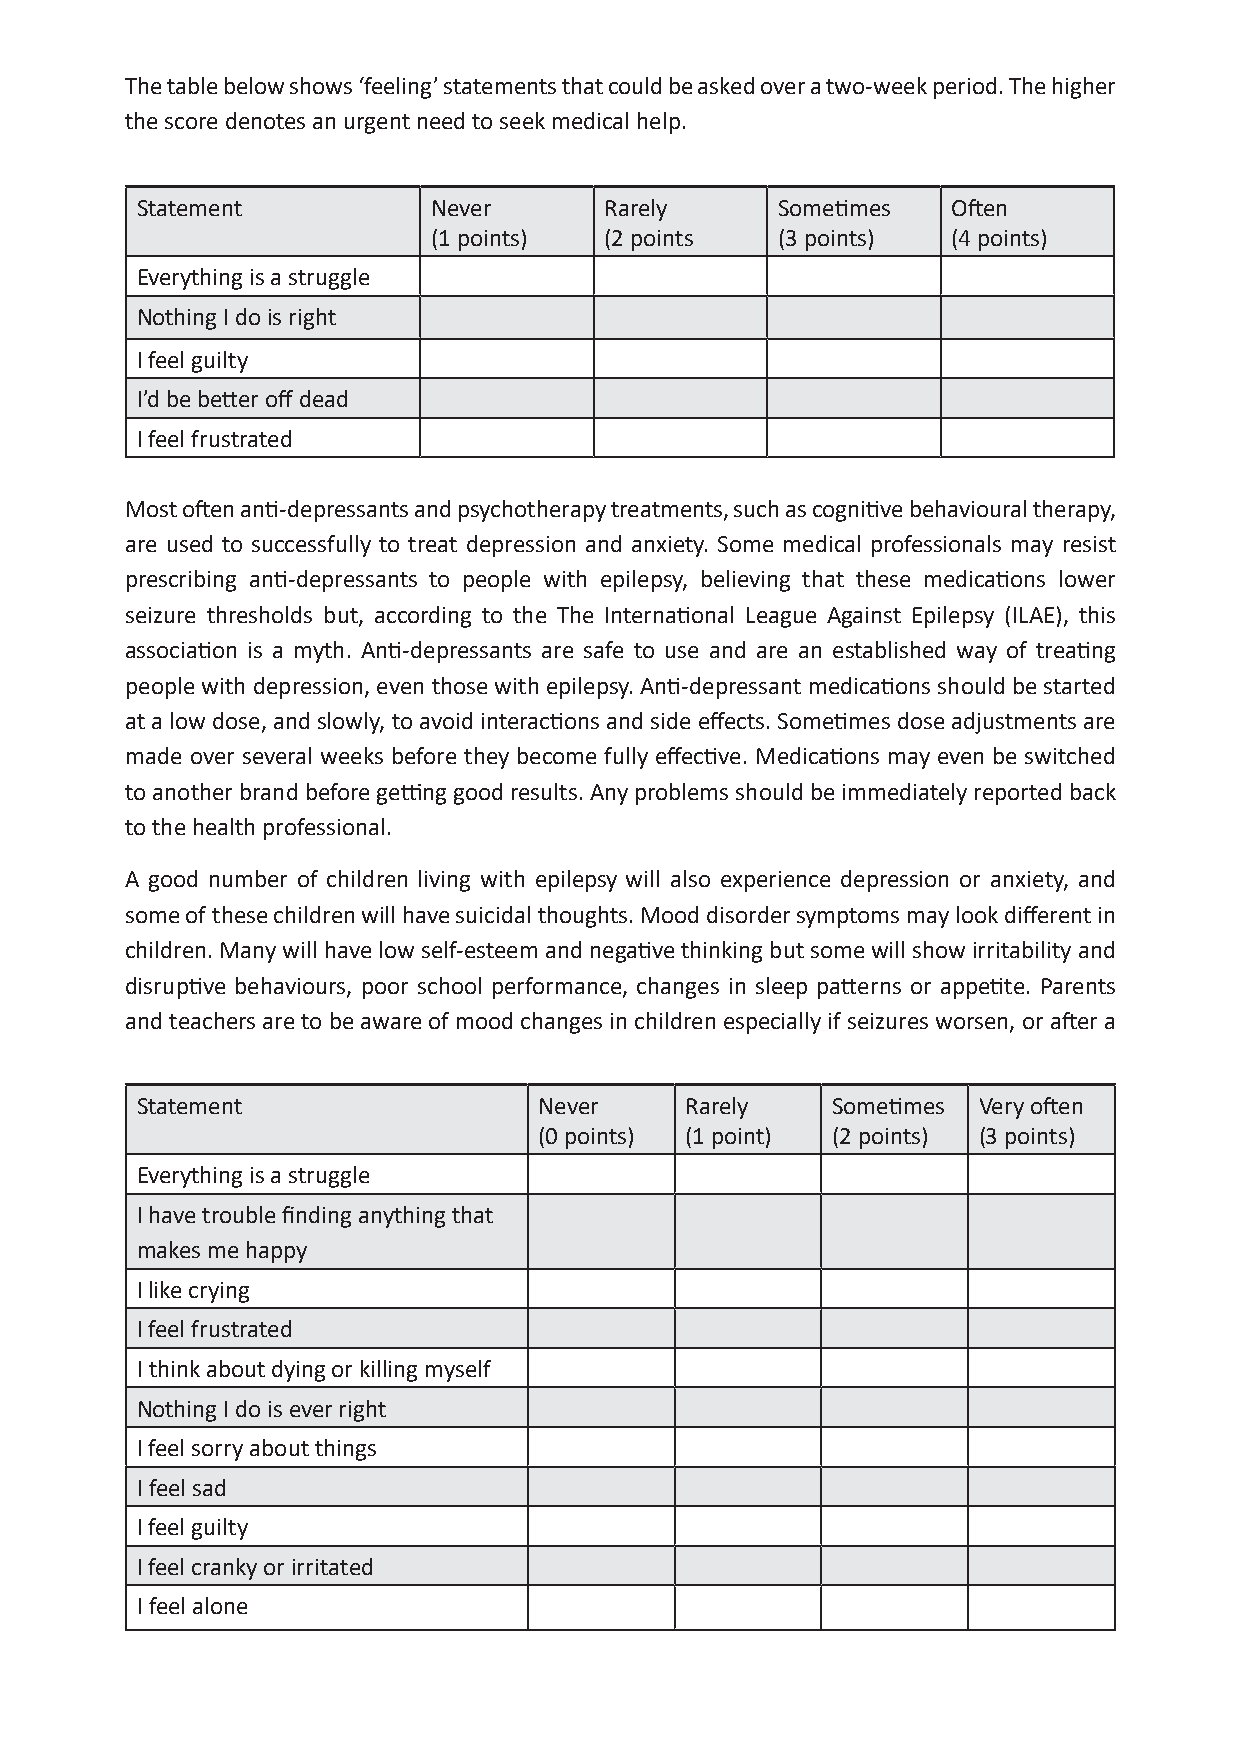
The table below shows ‘feeling’ statements that could be asked over a two-week period. The higher
 the score denotes an urgent need to seek medical help.
 Statement          Never       Rarely     Sometimes   Often
 (1 points)  (2 points  (3 points)  (4 points)
 Everything is a struggle
 Nothing I do is right
 I feel guilty
 I’d be better off dead
 I feel frustrated
 Most often anti-depressants and psychotherapy treatments, such as cognitive behavioural therapy,
 are used to successfully to treat depression and anxiety. Some medical professionals may resist
 prescribing anti-depressants to people with epilepsy, believing that these medications lower
 seizure thresholds but, according to the The International League Against Epilepsy (ILAE), this
 association is a myth. Anti-depressants are safe to use and are an established way of treating
 people with depression, even those with epilepsy. Anti-depressant medications should be started
 at a low dose, and slowly, to avoid interactions and side effects. Sometimes dose adjustments are
 made over several weeks before they become fully effective. Medications may even be switched
 to another brand before getting good results. Any problems should be immediately reported back
 to the health professional.
 A good number of children living with epilepsy will also experience depression or anxiety, and
 some of these children will have suicidal thoughts. Mood disorder symptoms may look different in
 children. Many will have low self-esteem and negative thinking but some will show irritability and
 disruptive behaviours, poor school performance, changes in sleep patterns or appetite. Parents
 and teachers are to be aware of mood changes in children especially if seizures worsen, or after a
 Statement                  Never    Rarely    Sometimes Very often
 (0 points) (1 point) (2 points) (3 points)
 Everything is a struggle
 I have trouble finding anything that
 makes me happy
 I like crying
 I feel frustrated
 I think about dying or killing myself
 Nothing I do is ever right
 I feel sorry about things
 I feel sad
 I feel guilty
 I feel cranky or irritated
 I feel alone